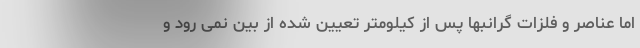
اما عناصر و فلزات گرانبها پس از کیلومتر تعیین شده از بین نمی رود و